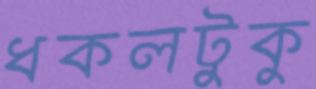
ধকলটুকু